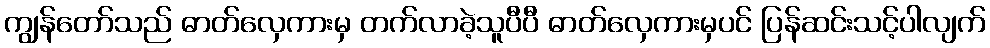
ကျွန်တော်သည် ဓာတ်လှေကားမှ တက်လာခဲ့သူပီပီ ဓာတ်လှေကားမှပင် ပြန်ဆင်းသင့်ပါလျက်